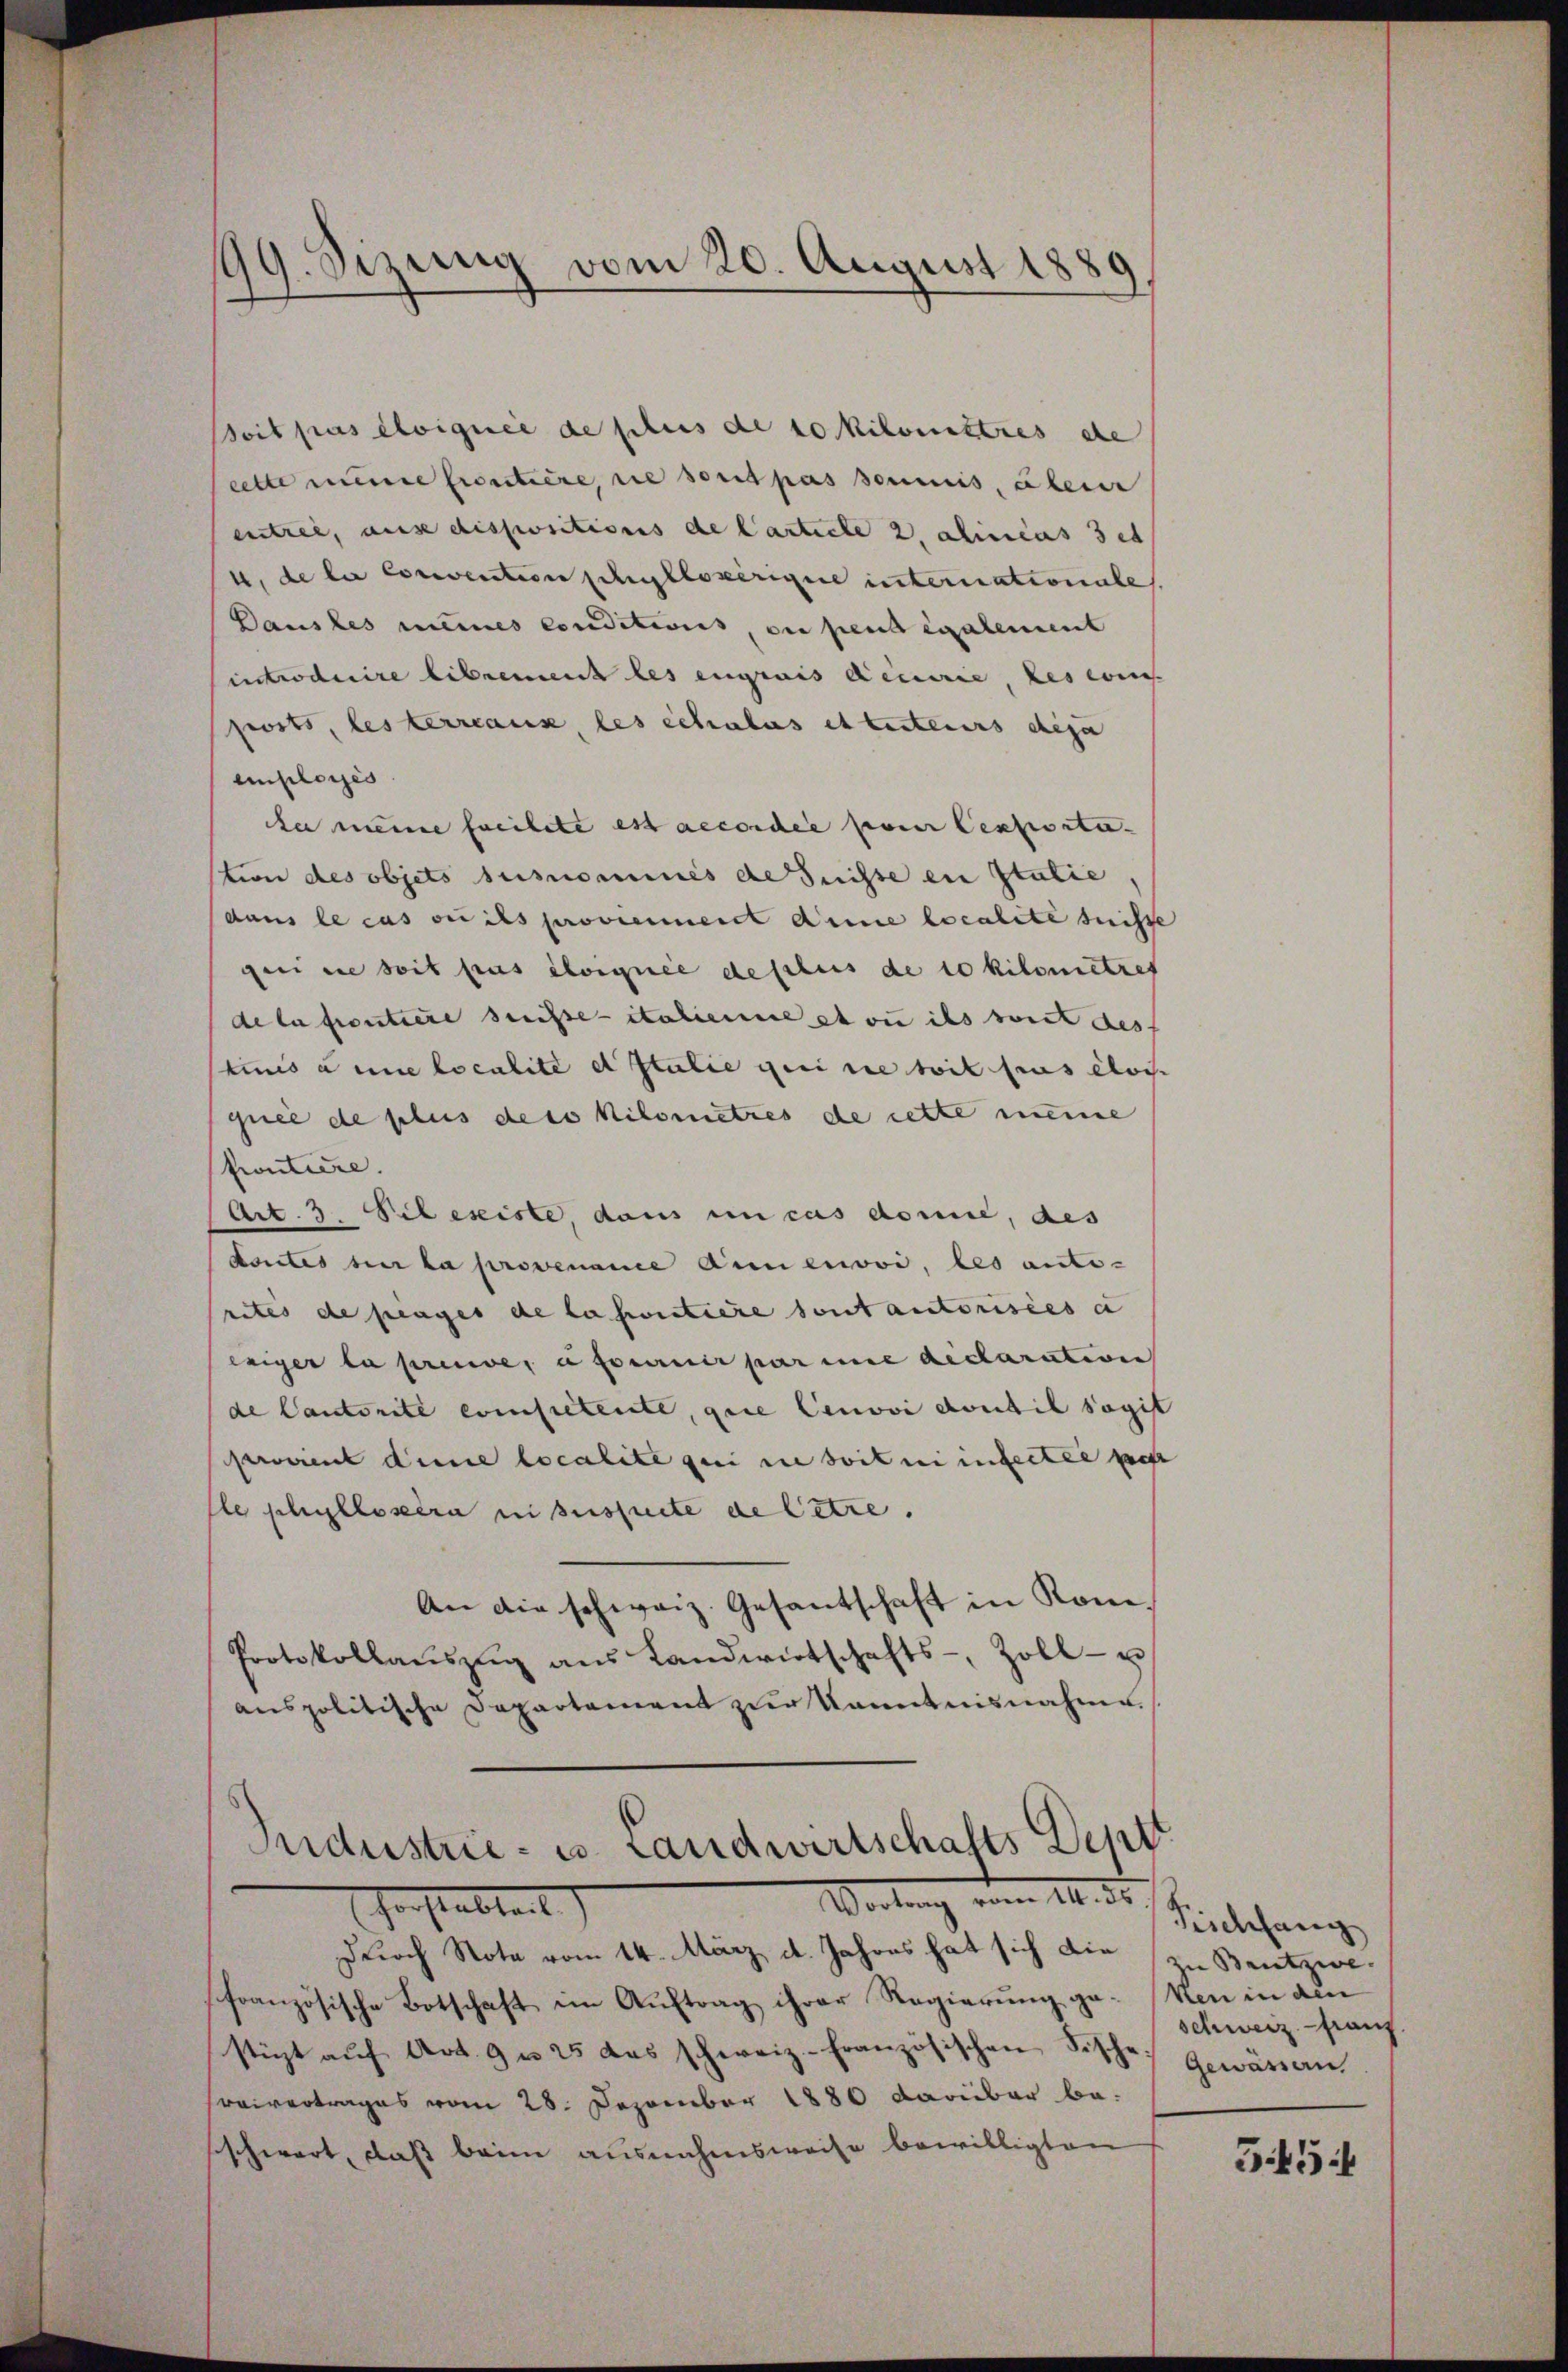
Boit pas éloignée de schus de 10 Kilonistres etc
cette meine fruitiere, sie sont pas soumis, übere
entree, aus dispositions de Carticle 2, alineas 3et
4, de la corrention schylloserigine internationales.
Dausles meines conditions, ou pent également
introduire librement les engrais Accirie, des cons
ports, les terreaus les schalas et tuteurs deja
employés
her meine facilete est accordée paier Cexporti- |
tion des objets susnominis de Suisse en statie,
dans le cas ou ils proviennent die localite suisse
gei die soit sus éloignée descluis de 10 Kilometzes
de la proutiere desse italienne et ou ils voit des
timis à une localite et stulie gei die toit pas éloi
quée de plus des Kilometres de cette meine
frontiere.
Art. 3. Pil existe, dans un cas domie, des
Loutes hier la provenaue Annenovi, les ante-
rites de prages de la portiere sont autorisées e
exiger la preuve, à fournir par ime declaration
de Cantorité competente, quie Cenvoi dont il sogi
Prorient dene localite qui in soit ni interter gest
le schullosera in sussite de betre
An die schweiz. Gesantschaft in Kon
Protokollaŭszŭg ans Landwirtschafts-, Zoll- u
anspolitische Departement zur Kenntnisnahme

99. Sizung vom 20. August 1889

Industrie - u. Landwirtschafts Deptt
Wortung vom 11. de
herstattet

Dŭrch Note vom 14. März d. Jahres hat sich die 12 Bentzwe
französische Botschaft im Auftrag ihrer Regierung ge- (ken in den
sticht auf Art. 9 u 25 das schweiz.- französischen Fische
reivertrages vom 28. Dezember 1880 darüber be-
sschwert, daß beim ausnahmsweise bewilligten

Reichfang
Schweiz. Franz
Gewässern.
545